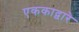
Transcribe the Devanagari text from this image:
एककाद्वारे